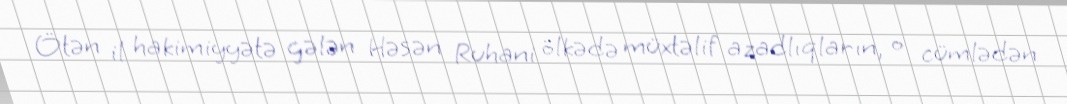
Ötən il hakimiyyətə gələn Həsən Ruhani ölkədə müxtəlif azadlıqların, o cümlədən